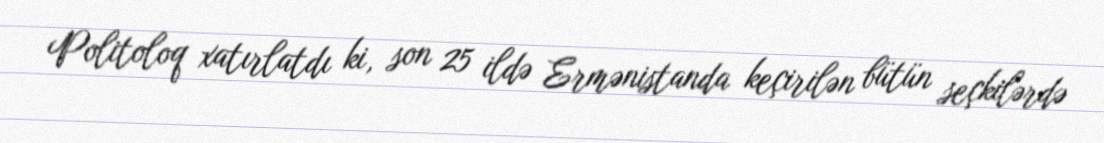
Politoloq xatırlatdı ki, son 25 ildə Ermənistanda keçirilən bütün seçkilərdə